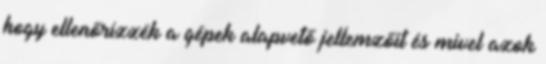
hogy ellenőrizzék a gépek alapvető jellemzőit és mivel azok